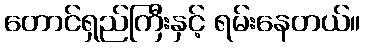
တောင်ရှည်ကြီးနှင့် ရမ်းနေတယ်။